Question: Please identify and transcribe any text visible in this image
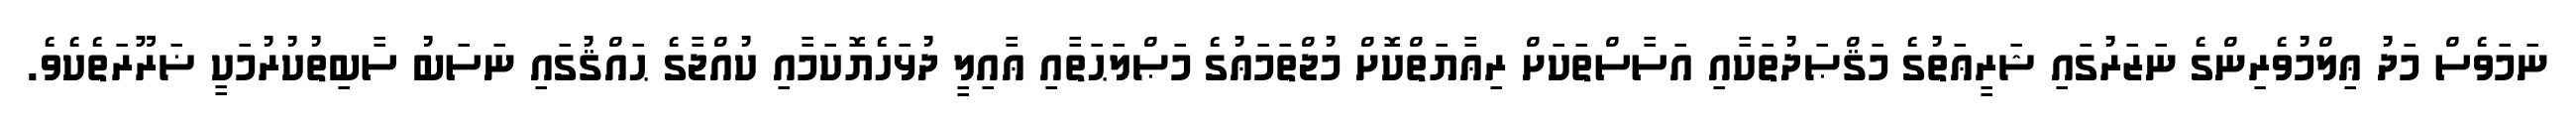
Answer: ނަމަވެސް މަދު ޢިލްމުވެރިންގެ ނަޒަރުގައި ޝަރީޢަތުގެ މަޤްޞަދުތަކާއި އަސާސްތަކަށް ރިޢާޔަތްކޮށް މުޖްތަމަޢުގެ މަޞްލަޙަތާއި ޢާއިލީ ދުޅަހެޔޮކަމާއި ކުއްޖާގެ ޙައްޤުގައި ނަސަބު ސާބިތުކުރުމަކީ ޟަރޫރަތެކެވެ.